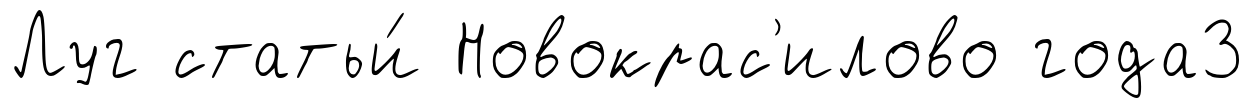
Луг статьи́ Новокрас'илово года3